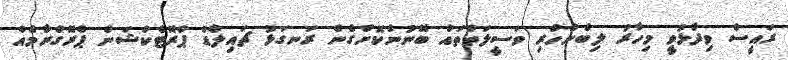
ރައީސް ވިދާޅުވީ މިހާރު ލިބެންހުރި ވަސީލަތްތައް ބޭނުންކޮށްގެން ރަނގަޅު ޗައިލްޑް ޕްރޮޓެކްޝަން ޕްރޮގްރާމެއް